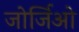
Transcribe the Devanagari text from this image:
जोर्जिओ